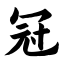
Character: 冠